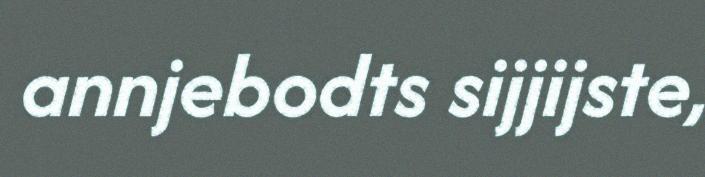
annjebodts sijjijste,